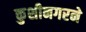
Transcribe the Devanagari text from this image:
कुशीनगरने